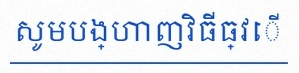
សូមបង្ហាញវិធីធ្វើ